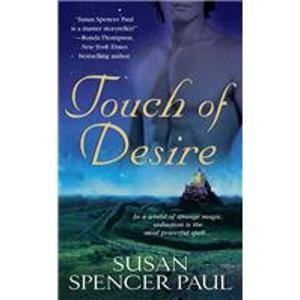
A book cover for Touch of Desire; Susan Spencer Paul; Science & Math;